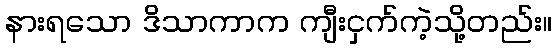
နားရသော ဒိသာကာက ကျီးငှက်ကဲ့သို့တည်း။